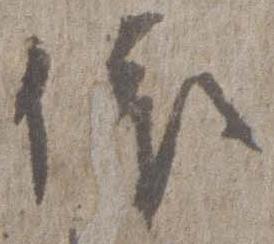
依